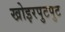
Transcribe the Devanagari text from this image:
खोइरपुटपुट